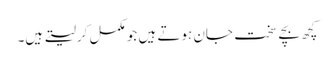
کچھ بچے سخت جان ہوتے ہیں جو مکمل کرلیتے ہیں۔